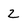
Character: 2